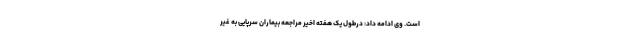
است. وی ادامه داد: درطول یک هفته اخیر مراجعه بیماران سرپایی به غیر